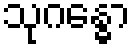
သုဂန္ဓော